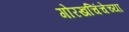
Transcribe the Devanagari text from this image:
गोरखचिंचेच्या